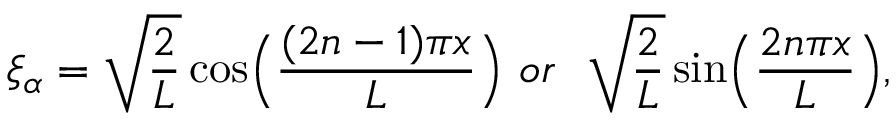
\xi _ { \alpha } = \sqrt { \frac { 2 } { L } } \cos \Bigl ( \frac { ( 2 n - 1 ) \pi x } { L } \Bigr ) { } ~ o r ~ ~ \sqrt { \frac { 2 } { L } } \sin \Bigl ( \frac { 2 n \pi x } { L } \Bigr ) ,